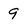
Character: 9